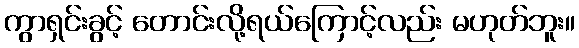
ကွာရှင်းခွင့် တောင်းလို့ရယ်ကြောင့်လည်း မဟုတ်ဘူး။